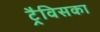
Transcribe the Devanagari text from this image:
ट्रैविसका